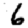
Digit: 6